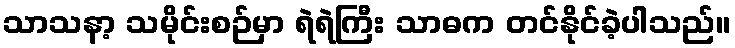
သာသနာ့ သမိုင်းစဉ်မှာ ရဲရဲကြီး သာဓက တင်နိုင်ခဲ့ပါသည်။